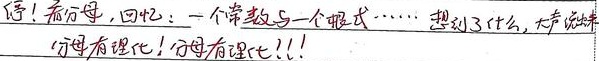
停！看分母，回忆：一个常数与一个根式……想到了什么，大声说出来
分母有理化！分母有理化！！！